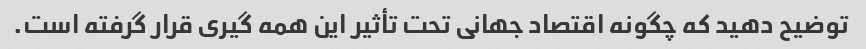
توضیح دهید که چگونه اقتصاد جهانی تحت تأثیر این همه گیری قرار گرفته است.